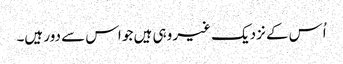
اُس کے نزدیک غیر وہی ہیں جو اس سے دور ہیں۔